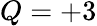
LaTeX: Q=+3